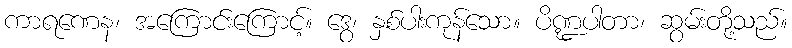
ကာရဏေန၊ အကြောင်းကြောင့်။ ဒွေ၊ နှစ်ပါးကုန်သော။ ပိဏ္ဍပါတာ၊ ဆွမ်းတို့သည်။